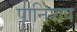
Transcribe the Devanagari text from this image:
पानिशप